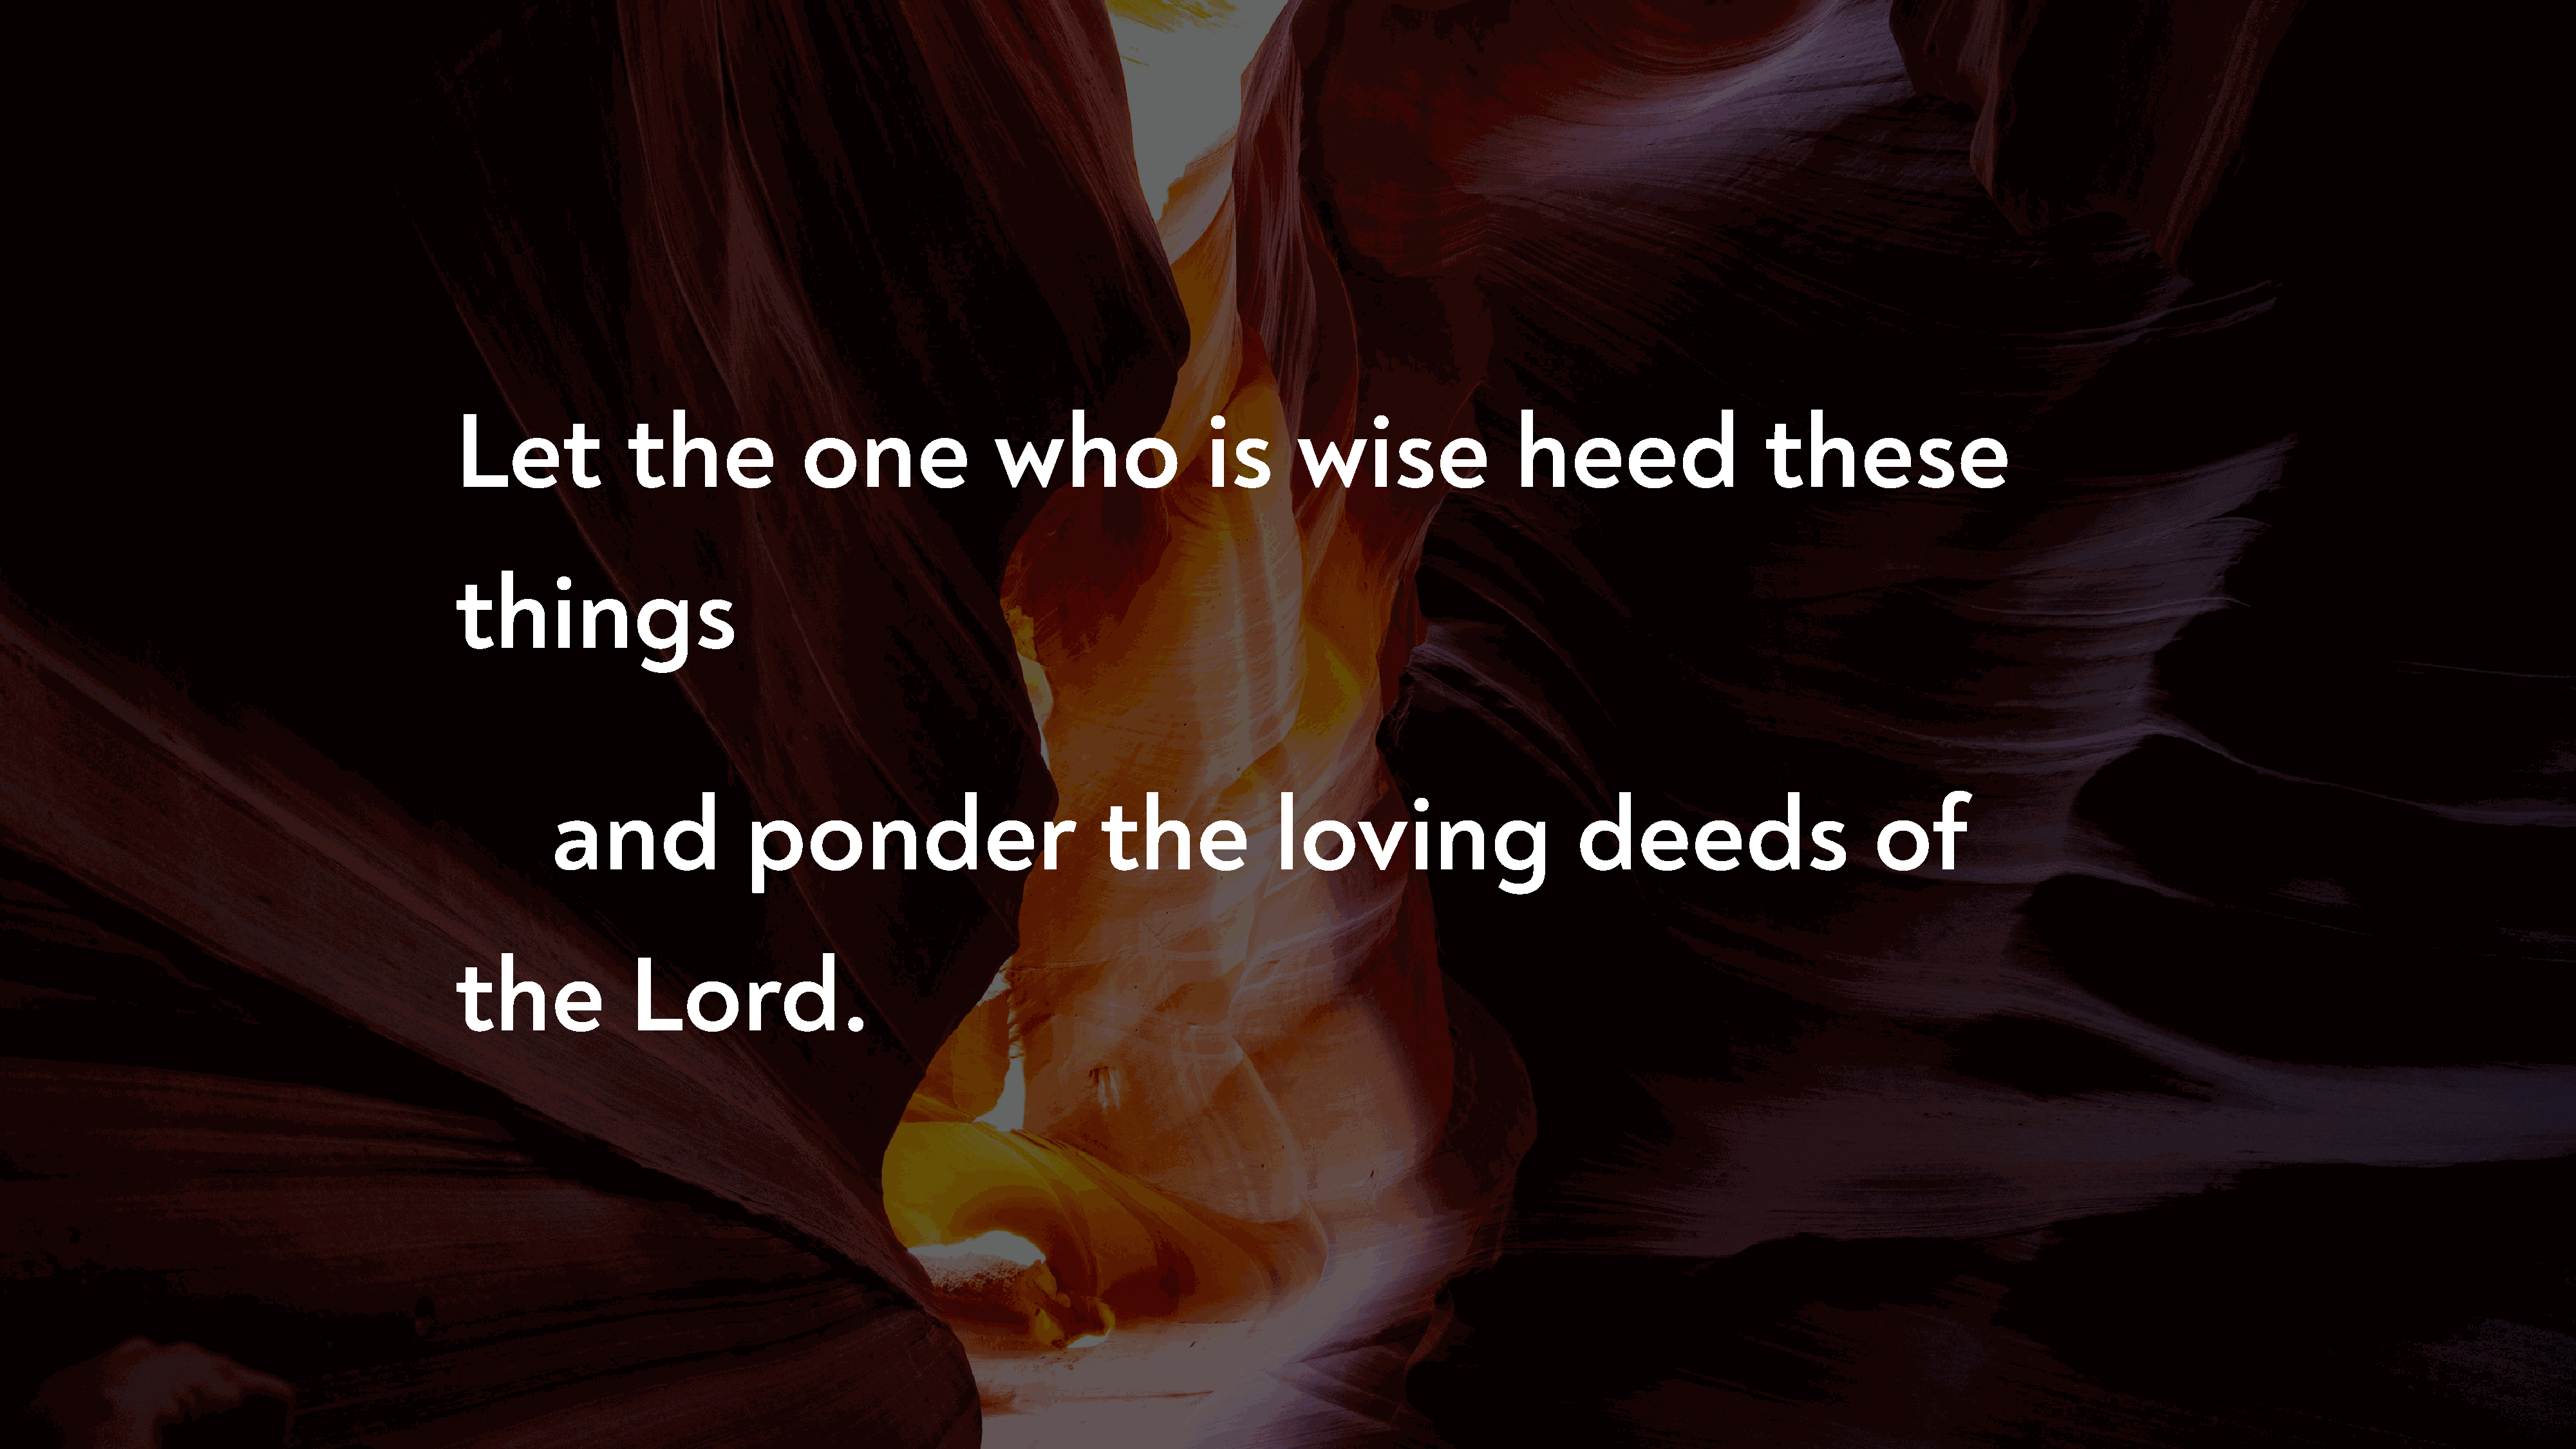
Let              the               one                 who                   is       wise                   heed                     these
 things
 and                 ponder                              the               loving                         deeds                          of
 the               Lord.